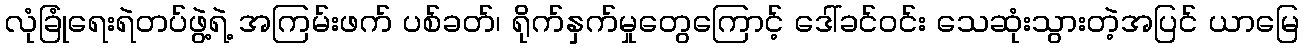
လုံခြုံရေးရဲတပ်ဖွဲ့ရဲ့ အကြမ်းဖက် ပစ်ခတ်၊ ရိုက်နှက်မှုတွေကြောင့် ဒေါ်ခင်ဝင်း သေဆုံးသွားတဲ့အပြင် ယာမြေ